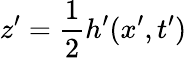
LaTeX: z^{\prime}=\frac{1}{2}h^{\prime}(x^{\prime},t^{\prime})